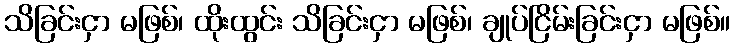
သိခြင်းငှာ မဖြစ်၊ ထိုးထွင်း သိခြင်းငှာ မဖြစ်၊ ချုပ်ငြိမ်းခြင်းငှာ မဖြစ်။